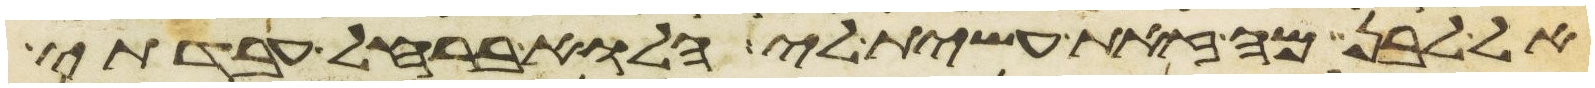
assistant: אל לבן מה זאת עשית לי הלוא ברחל עבדתי